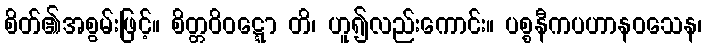
စိတ်၏အစွမ်းဖြင့်။ စိတ္တဝိဝဋ္ဋော တိ၊ ဟူ၍လည်းကောင်း။ ပစ္စနီကပဟာနဝသေန၊